Insane asylums in Bengal annual reports 1867-1875 - 1867-1875
Year: 1867
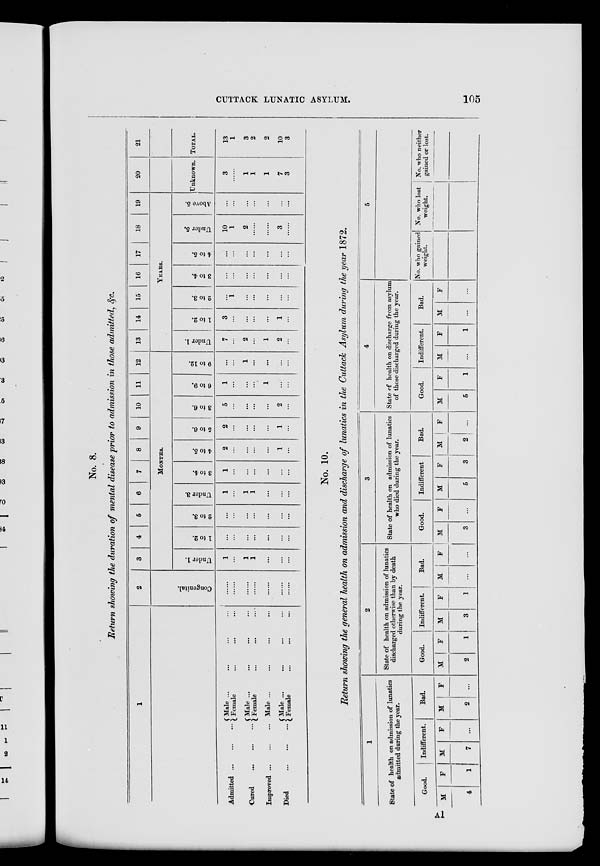
CUTTACK LUNATIC ASYLUM.
105
No. 8.
Return showing the duration of mental disease prior to admission in those admitted, &c.
1
Admitted
...
...
...
Cured
...
...
...
Improved
...
...
...
Died
...
...
...
Male
...
...
...
Female ... ... ...
Male
...
...
...
...
Female ... ... ...
Male ... ... ... ...
Male ... ... ... ...
Female ... ... ...
2
Congenital.
......
......
......
......
......
......
......
3
4
5
6
7
8
9
10
11
12
MONTHS.
Under 1.
1
...
1
1
...
...
...
1 to 2.
...
...
...
...
...
...
...
2 to 3.
...
...
...
...
...
...
...
Under 3.
1
...
1
1
...
...
...
3 to 4.
1
...
...
...
...
...
...
4 to 5.
2
...
...
...
...
1
...
5 to 6.
2
...
...
...
...
1
...
3 to 6.
5
...
...
...
...
2
...
6 to 9.
1
...
...
...
1
...
...
9 to 12.
...
...
1
...
...
...
...
13
14
15
16
17
18
19
YEARS.
Under 1.
7
...
2
...
1
2
...
1 to 2.
3
...
...
...
...
1
...
2 to 3.
...
1
...
...
...
...
...
3 to 4.
...
...
...
...
...
...
...
4 to 5.
...
...
...
...
...
...
...
Under 5.
10
1
2
......
......
3
......
Above 5.
...
...
...
...
...
...
...
20
Unknown.
3
......
1
1
1
7
3
21
TOTAL.
13
1
3
2
2
10
3
No. 10.
Return showing the general health on admission and discharge of lunatics in the Cuttack Asylum during the year 1872.
1
State of health on admission of lunatics
admitted during the year.
Good.
M
4
F
1
Indifferent.
M
7
F
...
Bad.
M
2
F
...
2
State of health on admission of lunatics
discharged otherwise than by death
during the year.
Good.
M
2
F
1
Indifferent.
M
3
F
1
Bad.
M
...
F
...
3
State of health on admission of lunatics
who died during the year.
Good.
M
3
F
...
Indifferent
M
5
F
3
Bad.
M
2
F
...
4
State of health on discharge from asylum
of those discharged during the year.
Good.
M
5
F
1
Indifferent.
M
...
F
1
Bad.
M
...
F
...
5
No. who gained
weight.
No. who lost
weight.
No. who neither
gained or lost.
A1